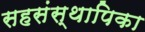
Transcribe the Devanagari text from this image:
सहसंस्थापिका